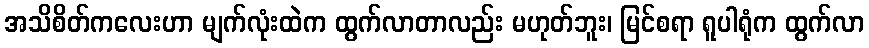
အသိစိတ်ကလေးဟာ မျက်လုံးထဲက ထွက်လာတာလည်း မဟုတ်ဘူး၊ မြင်စရာ ရူပါရုံက ထွက်လာ